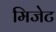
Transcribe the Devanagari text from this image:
मिजेट